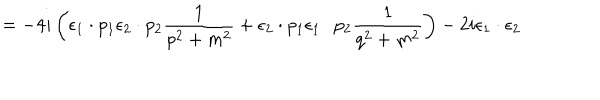
LaTeX: = - 4 i \left( { \epsilon } _ { 1 } \cdot p _ { 1 } { \epsilon } _ { 2 } \cdot p _ { 2 } \frac { 1 } { p ^ { 2 } + m ^ { 2 } } + { \epsilon } _ { 2 } \cdot p _ { 1 } { \epsilon } _ { 1 } \cdot p _ { 2 } \frac { 1 } { q ^ { 2 } + m ^ { 2 } } \right) - 2 i { \epsilon } _ { 1 } \cdot { \epsilon } _ { 2 }